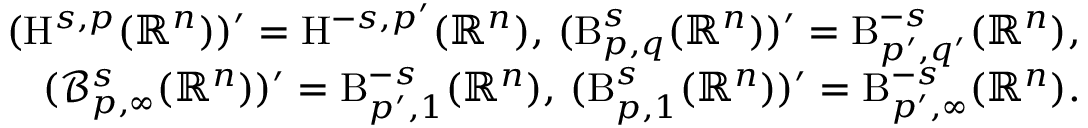
\begin{array} { r } { ( \mathrm { \mathrm { H } } ^ { s , p } ( \mathbb { R } ^ { n } ) ) ^ { \prime } = \mathrm { H } ^ { - s , p ^ { \prime } } ( \mathbb { R } ^ { n } ) \mathrm { , ~ } ( \mathrm { B } _ { p , q } ^ { s } ( \mathbb { R } ^ { n } ) ) ^ { \prime } = \mathrm { B } _ { p ^ { \prime } , q ^ { \prime } } ^ { - s } ( \mathbb { R } ^ { n } ) \mathrm { , ~ } } \\ { ( \mathcal { B } _ { p , \infty } ^ { s } ( \mathbb { R } ^ { n } ) ) ^ { \prime } = \mathrm { B } _ { p ^ { \prime } , 1 } ^ { - s } ( \mathbb { R } ^ { n } ) \mathrm { , ~ } ( \mathrm { B } _ { p , 1 } ^ { s } ( \mathbb { R } ^ { n } ) ) ^ { \prime } = \mathrm { B } _ { p ^ { \prime } , \infty } ^ { - s } ( \mathbb { R } ^ { n } ) \mathrm { . ~ } } \end{array}